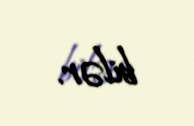
bilər.